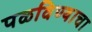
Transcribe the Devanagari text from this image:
पळविण्याचा